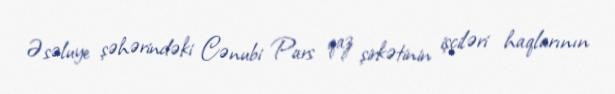
Əsəluye şəhərindəki Cənubi Pars qaz şirkətinin işçiləri haqlarının